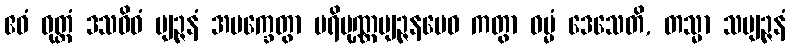
ဧဝံ ဝုတ္တံ ဒသဝိဓံ ဗျဉ္ဇနံ အမက္ခေတွာ ပရိပုဏ္ဏဗျဉ္ဇနမေဝ ကတွာ ဓမ္မံ ဒေသေတိ, တသ္မာ သဗျဉ္ဇနံ